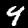
Label: 4